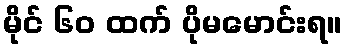
မိုင် ၆၀ ထက် ပိုမမောင်းရ။